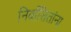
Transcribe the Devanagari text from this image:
निर्वासितांना